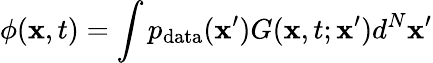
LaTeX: \phi(\mathbf{x},t)=\int p_{\mathrm{data}}(\mathbf{x}^{\prime})G(\mathbf{x},t;\mathbf{x}^{\prime})d^{N}\mathbf{x}^{\prime}